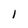
Character: 1